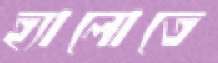
হ্যালোতে